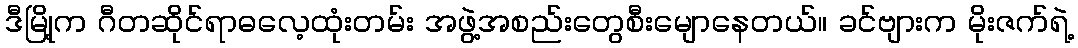
ဒီမြို့က ဂီတဆိုင်ရာဓလေ့ထုံးတမ်း အဖွဲ့အစည်းတွေစီးမျောနေတယ်။ ခင်ဗျားက မိုးဇက်ရဲ့